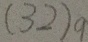
( 3 2 ) _ { 9 }